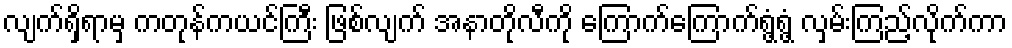
လျက်ရှိရာမှ ကတုန်ကယင်ကြီး ဖြစ်လျက် အနာတိုလီကို ကြောက်ကြောက်ရွံ့ရွံ့ လှမ်းကြည့်လိုက်ကာ